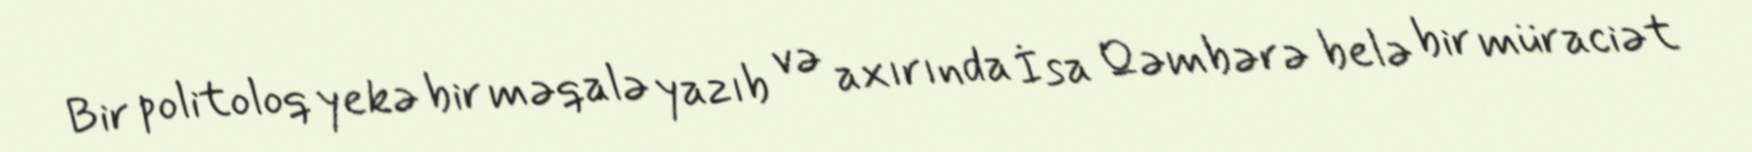
Bir politoloq yekə bir məqalə yazıb və axırında İsa Qəmbərə belə bir müraciət